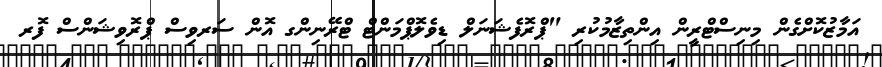
އަމާޒުކޮށްގެން މިނިސްޓްރީން އިންތިޒާމުކުރި "ޕްރޮފެޝަނަލް ޑިވެލޮޕްމަންޓް ޓްރޭނިންގ އޮން ސަރވިސް ޕްރޮވިޝަންސް ފޮރ